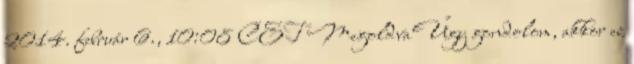
2014. február 6., 10:08 CET MegoldvaÚgy gondolom, akkor ez